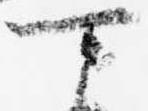
可